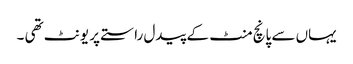
یہاں سے پانچ منٹ کے پیدل راستے پر یونٹ تھی ۔